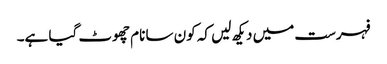
فہرست میں دیکھ لیں کہ کون سا نام چھوٹ گیا ہے۔